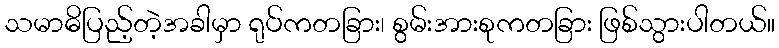
သမာဓိပြည့်တဲ့အခါမှာ ရုပ်ကတခြား၊ စွမ်းအားစုကတခြား ဖြစ်သွားပါတယ်။